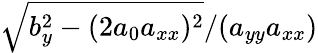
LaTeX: \sqrt{b_{y}^{2}-(2a_{0}a_{xx})^{2}}/(a_{yy}a_{xx})